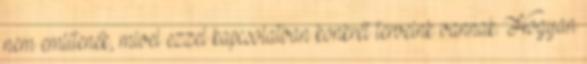
nem említenék, mivel ezzel kapcsolatban konkrét terveink vannak. Hogyan